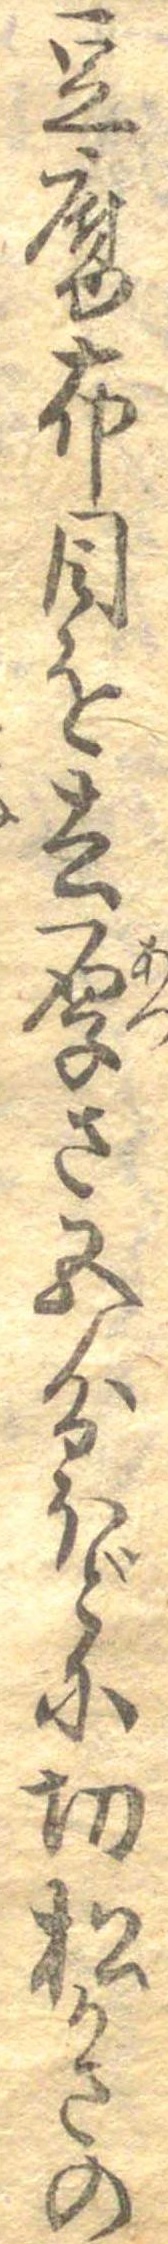
豆腐布目を去厚さ五分ほどに切松かさの